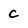
Character: c